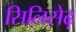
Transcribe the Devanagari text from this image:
सिलिसेढ़